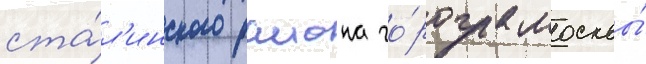
ста́л'инского раиона го́рода москвы́